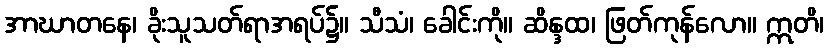
အာဃာတနေ၊ ခိုးသူသတ်ရာအရပ်၌။ သီသံ၊ ခေါင်းကို။ ဆိန္ဒထ၊ ဖြတ်ကုန်လော။ ဣတိ၊